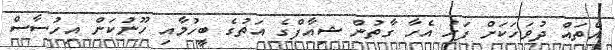
އެތައް ދުވަހަކަށް ފަހު އެހާ ގާތުން ޝިއާފްގެ އަތުގެ ބީހުމާއި ހޫނުކަން އިހުސާސް